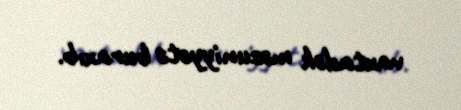
vaxtadək məzuniyyətə buraxıb.